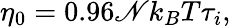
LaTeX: \eta_{0}=0.96\mathscr{N}k_{B}T\tau_{i},